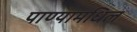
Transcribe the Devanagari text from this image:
पाण्यामधिल